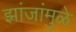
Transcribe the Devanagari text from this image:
झांजांमुळे